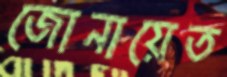
জোনায়েত